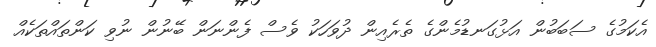
އެކަމުގެ ސަބަބުން އަޅުގަނޑުމެންގެ ތެރެއިން ދުވަހަކު ވެސް ފެންނަން ބޭނުން ނުވި ކަންތައްތަކެއް